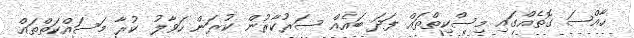
ހާއްސަ ގޮތެއްގައި މިސްކިތްތައް ފަދަ ބައެއް ސަރުކާރުން ކުރަން ހަވާލު ކުރާ މަސައްކަތްތައް